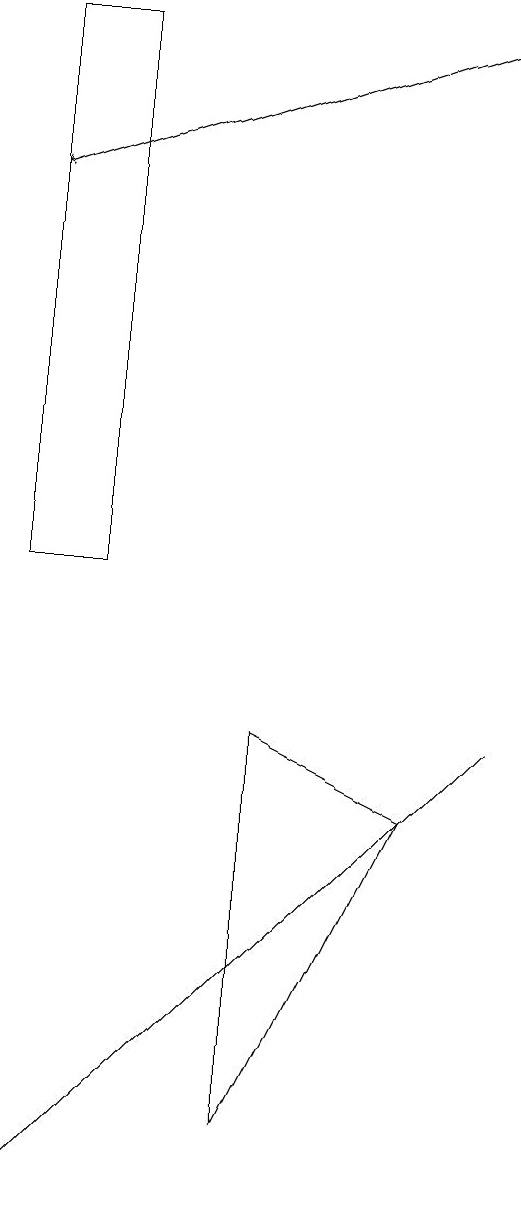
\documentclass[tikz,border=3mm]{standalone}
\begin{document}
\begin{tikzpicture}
\draw (6,4) -- (6,9) -- (8,8) -- cycle;
\draw (4,11) rectangle (3,18);
\draw (9,9) -- (3,3) -- (4,4) -- cycle;
\draw[->] (9,18) -- (3,16);
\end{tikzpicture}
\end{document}